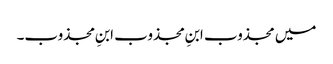
میں مجذوب ابنِ مجذوب ابنِ مجذوب۔